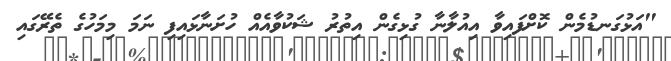
"އަޅުގަނޑުމެން ކޮށްފައިވާ އިއުލާނާ ގުޅިގެން އިތުރު ޝަކުވާއެއް ހުށަނާޅައިފި ނަމަ މިމަހުގެ ތެރޭގައި